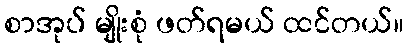
စာအုပ် မျိုးစုံ ဖတ်ရမယ် ထင်တယ်။